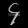
Digit: ၄